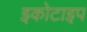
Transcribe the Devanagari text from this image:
इकोटाइप